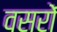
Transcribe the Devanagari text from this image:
वसरों